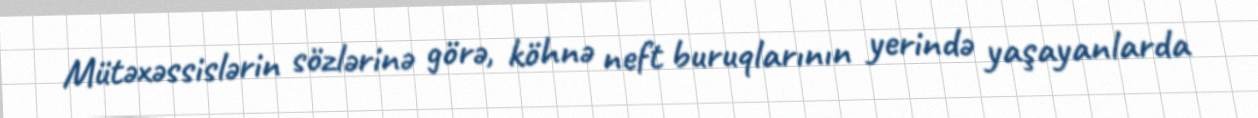
Mütəxəssislərin sözlərinə görə, köhnə neft buruqlarının yerində yaşayanlarda